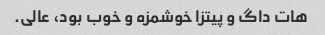
هات داگ و پیتزا خوشمزه و خوب بود، عالی.